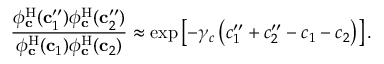
\frac { \phi _ { \mathbf { c } } ^ { \mathrm { H } } ( \mathbf { c } _ { 1 } ^ { \prime \prime } ) \phi _ { \mathbf { c } } ^ { \mathrm { H } } ( \mathbf { c } _ { 2 } ^ { \prime \prime } ) } { \phi _ { \mathbf { c } } ^ { \mathrm { H } } ( \mathbf { c } _ { 1 } ) \phi _ { \mathbf { c } } ^ { \mathrm { H } } ( \mathbf { c } _ { 2 } ) } \approx \exp \left[ - \gamma _ { c } \left( c _ { 1 } ^ { \prime \prime } + c _ { 2 } ^ { \prime \prime } - c _ { 1 } - c _ { 2 } \right) \right] .